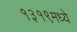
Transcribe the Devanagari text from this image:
१३१९मध्ये